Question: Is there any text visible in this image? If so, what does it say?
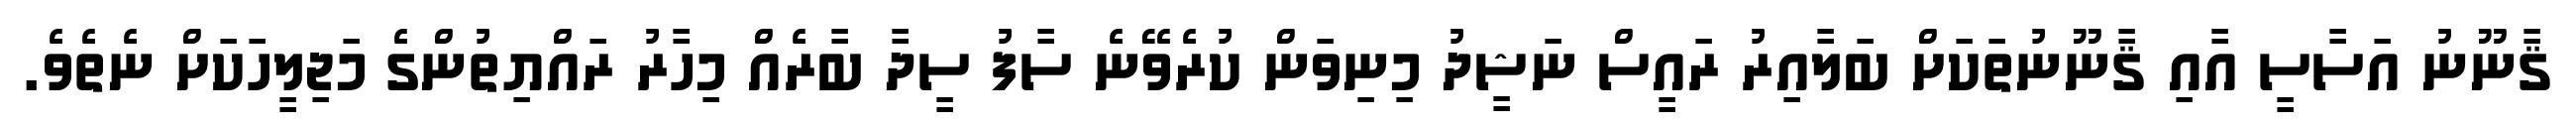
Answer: ޤާނޫނު އަސާސީ އާއި ޤާނޫނުތަކަށް ބަލާއިރު ރައީސް ނަޝީދު މިނިވަން ކުރެވޭނެ ސާފު ސީދާ ބާރެއް މިހާރު ރައްޔިތުންގެ މަޖިލީހަކަށް ނެތެވެ.